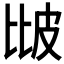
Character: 𤿎